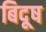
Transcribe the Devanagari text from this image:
बिदूष